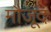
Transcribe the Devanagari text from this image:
मौजू़द